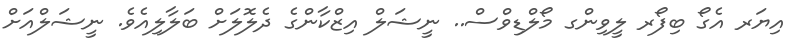
އިޔަރ އެގޯ ބިފޯރ ލީވިންގ މޯލްޑިވްސް.. ނީޝަލް އިޒްކާންގެ ދެލޮލަށް ބަލާލިއެވެ. ނީޝަލްއަށް